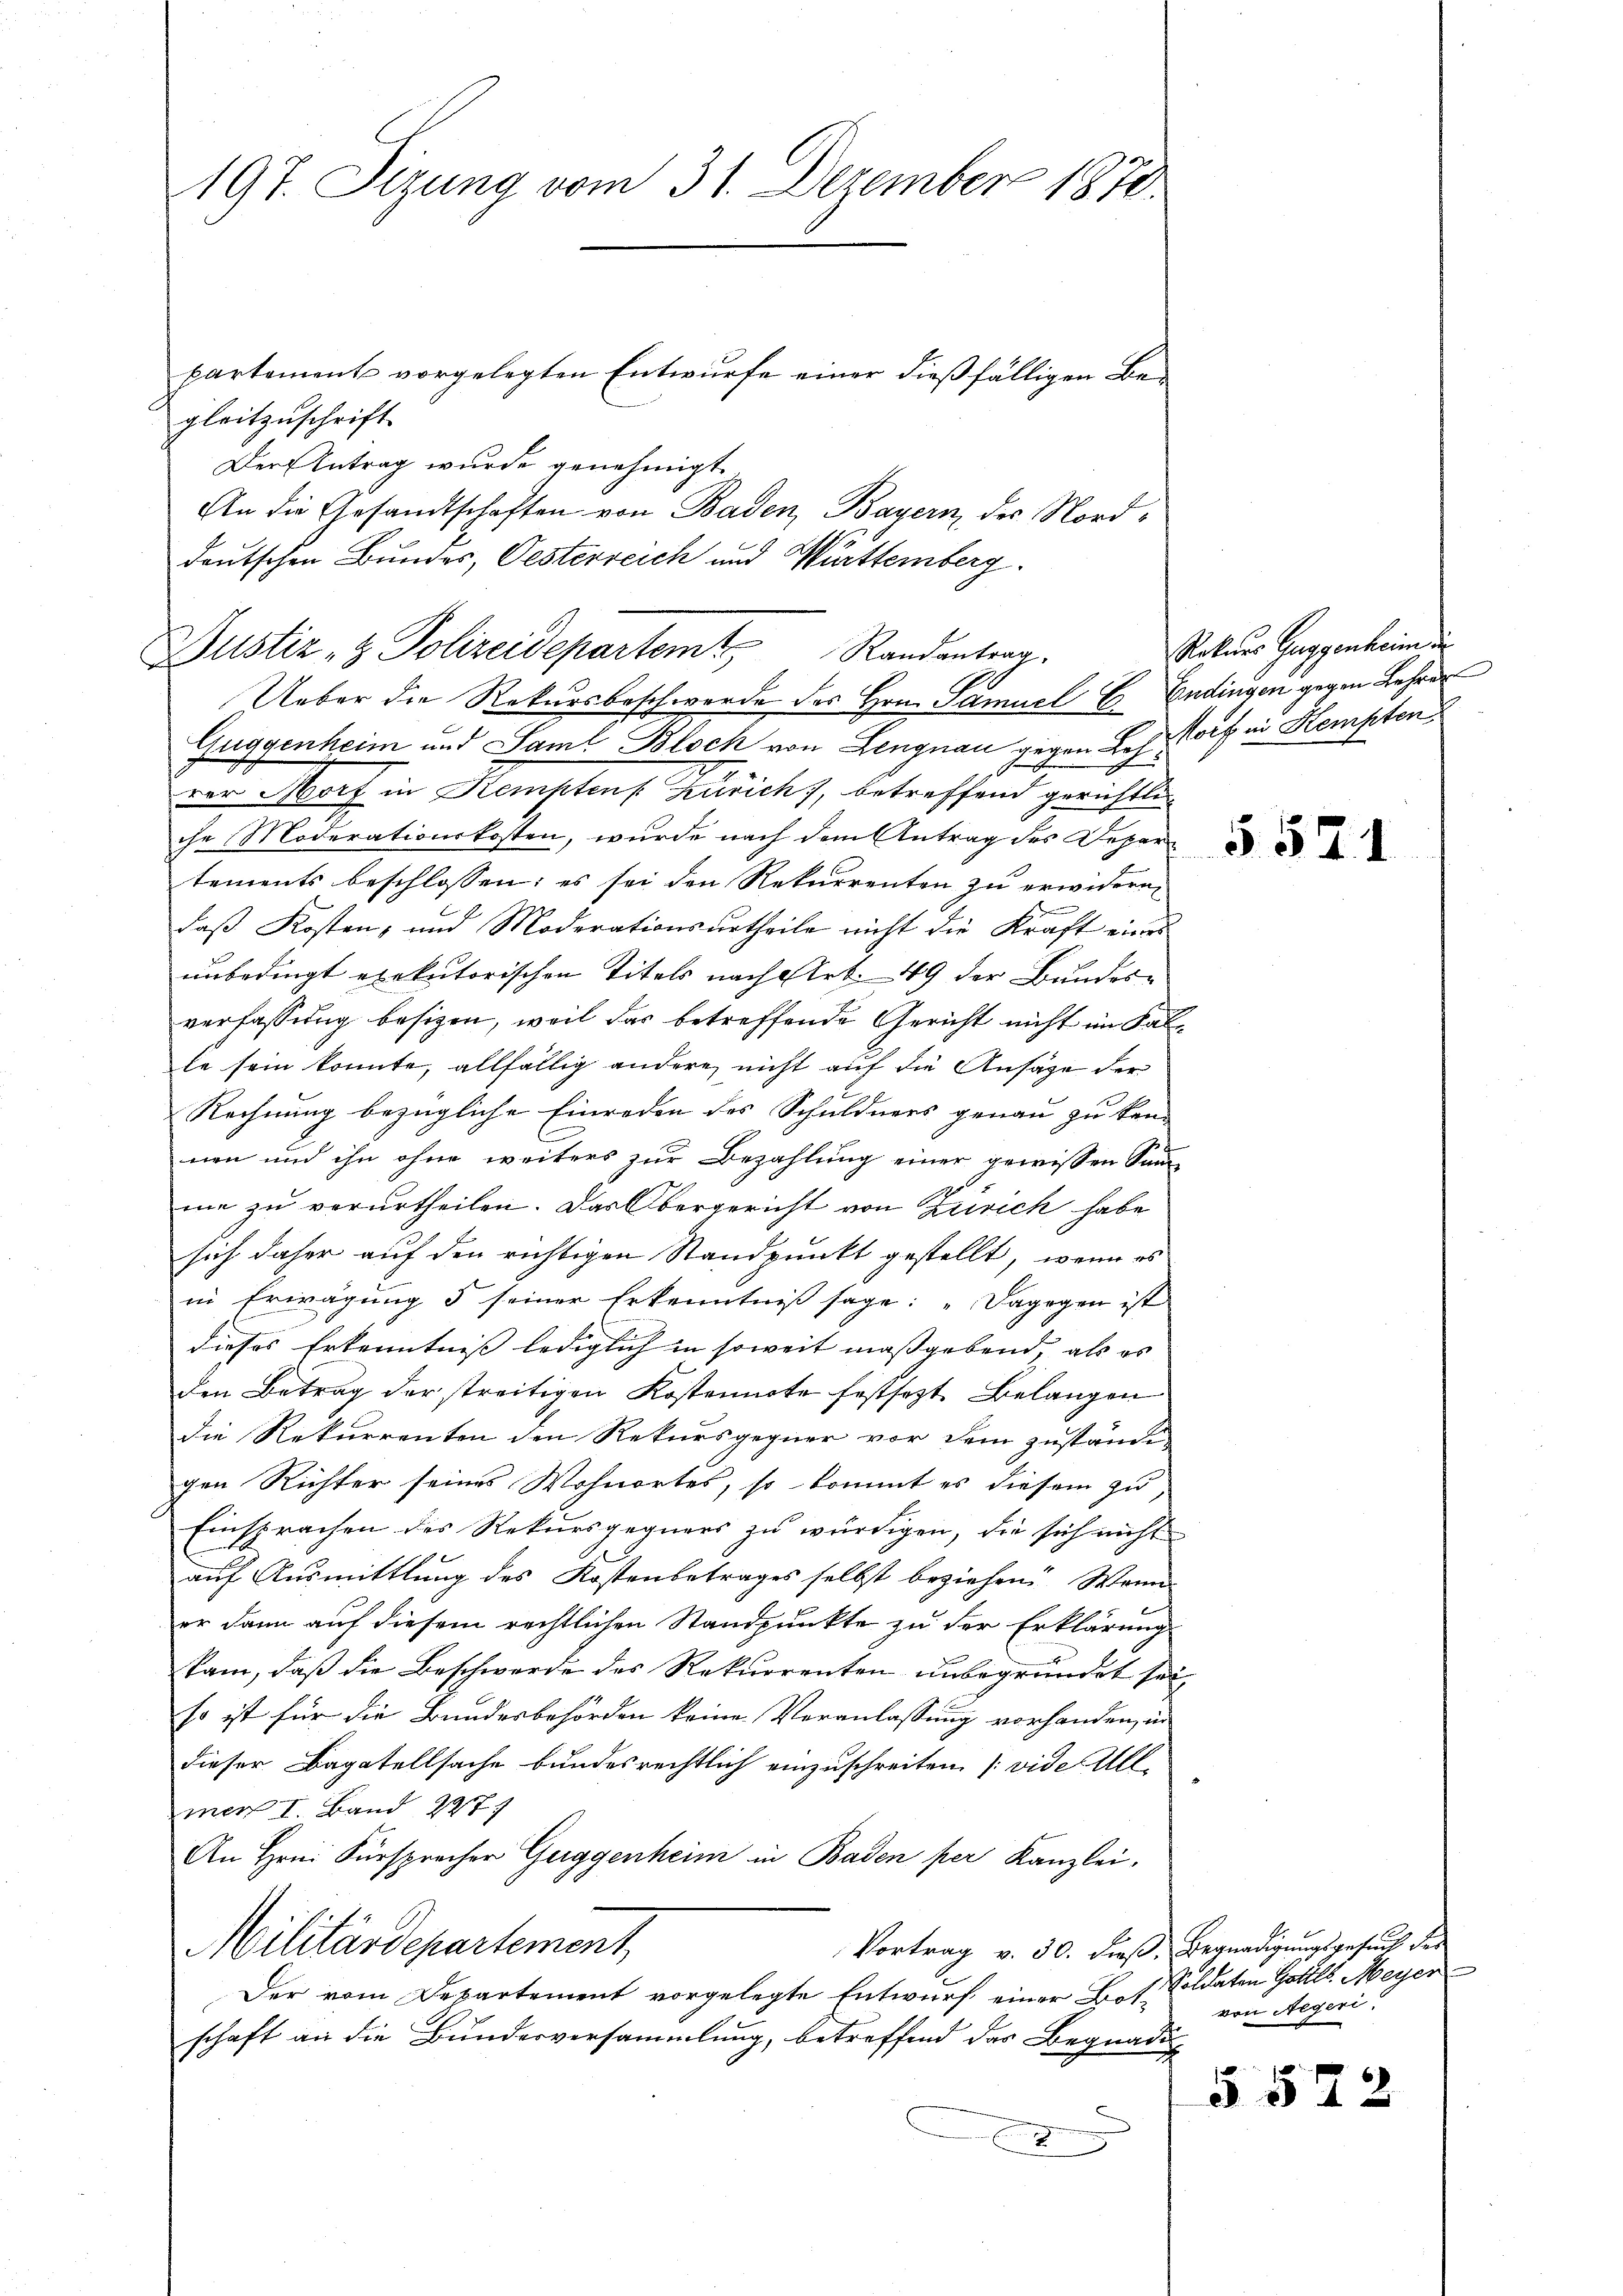
197. Sizung vom 31. Dezember 1870

partement vorgelegten Entwurfe einer dießfälligen Be-
gleitzuschrift
Der Antrag wurde genehmigt.
An die Gesandtschaften von Baden, Bayern, der Nord¬
Ueber die Rekursbeschwerde des Hrn. Samuel E. Endingen gegen Lehren
Guggenheim und Saml Bloch von Lengnau gegen Lohe Torf in Kempten
rer Morf in Kempten Zürich, betreffend gerichtli
che Moderationskosten, wurde nach dem Antrag des Depar
tements beschlossen; es sei den Rekurrenten zu erwidern
daß Kosten, und Moderationsurtheile nicht die Kraft eines
unbedingt exekutorischen Titels nach Art. 49 der Bundere
verfassung besizen, weil das betreffende Gericht nicht im Falle sein konnte, allfällig andere, nicht auf die Ansage der
Rechnung bezügliche Einreden des Schuldners genau zu ken-
nen und ihn ohne weiters zur Bezahlung einer gewissen San
me zu verurtheilen. Das Obergericht von Zürich habe
sich daher auf den richtigen Standpunkt gestellt, wenn es
in Erwägung d seiner Erkenntniß sage: „Dagegen ist
dieses Erkenntniss lediglich in soweit massgebend, als es |
den Betrag der streitigen Kostennote festsezt. Belangen
die Rekurrenten den Rekursgegner vor dem zuständigen Richter seines Wohnortes, so kommt es diesem zu,
Einsprachen des Rekursgegners zu würdigen, die sich nicht
auf Ausmittlung des Kostenbetrages selbst beziehend Wann
er dann auf diesem rechtlichen Standpunkte zu der Erklärung
kam, daβ die Beschwerde des Rekurrenten unbegründet sei
so ist für die Bundesbehörden keine Veranlassung vorhanden, in
dieser Bagatellsache bundesrechtlich einzuschreiten [vide Allmer I Band 247.
An Hrn. Fürspracher Guggenheim in Baden per Kanzlei,
Militärdepartement
Vortrag v. 30. dieß. Begnadigungsgesuch der
Der vom Departement vorgelegte Entwurf einer Botschaft an die Bundesversammlung, betreffend das Begnadi
e
f

deutschen Bundes, Oesterreich und Württemberg.
Justiz- & Polizeidepartem Randantrag

Rekurs Guggenheim die

554.

Soldaten Gottl. Meyer
von Negeri

§ 572